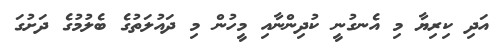
އަދި ކިރިޔާ މި އެނގުނީ ކުދިންނާއި މީހުން މި ދައުލަތުގެ ބެލުމުގެ ދަށުގަ